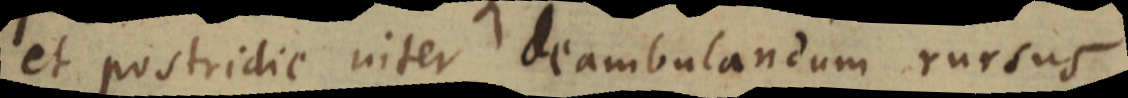
et postridie inter deambulandum rursus